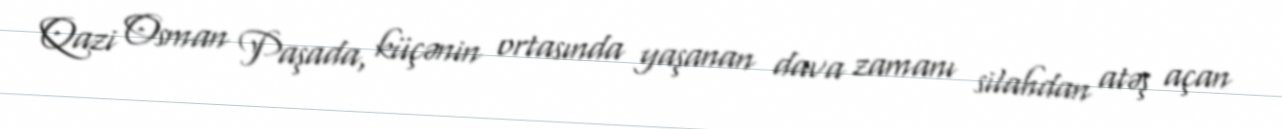
Qazi Osman Paşada, küçənin ortasında yaşanan dava zamanı silahdan atəş açan